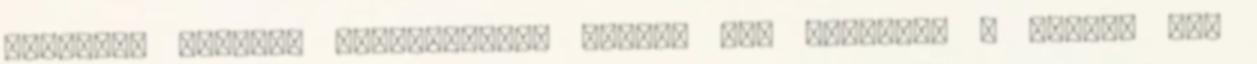
MISKOLCI EGYETEM SZENÁTUSÁNAK TOMORI PÁL FİISKOLA A TOMORI PÁL